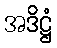
အဒိဋ္ဌံ